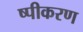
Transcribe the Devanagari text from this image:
ष्पीकरण